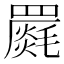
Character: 𮊝